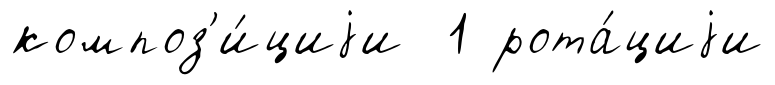
композ'и́циjи 1 рота́циjи